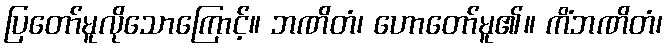
ပြတော်မူလိုသောကြောင့်။ ဘဏိတံ၊ ဟောတော်မူ၏။ ကိံဘဏိတံ၊